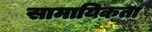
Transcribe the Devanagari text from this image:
सामायिकता